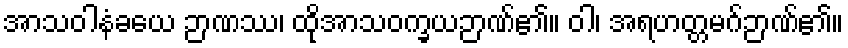
အာသဝါနံခယေ ဉာဏဿ၊ ထိုအာသဝက္ခယဉာဏ်၏။ ဝါ၊ အရဟတ္တမဂ်ဉာဏ်၏။